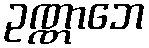
ဥဏ္ဏာဘေ